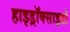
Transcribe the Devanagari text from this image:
हाइड्रॉक्साइडों